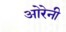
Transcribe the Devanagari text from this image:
ओरेनी